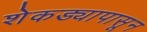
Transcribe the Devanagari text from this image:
शेकड्यापासून